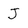
Character: J